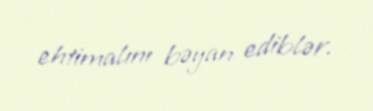
ehtimalını bəyan ediblər.